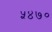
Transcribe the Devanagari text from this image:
५४७०